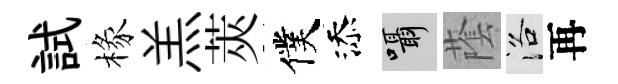
試椽羔莢僕添囁䕃洛再